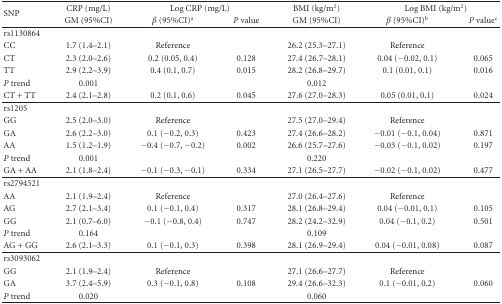
<table><thead><tr><td rowspan="2"><b>SNP</b></td><td><b>CRP (mg/L)</b></td><td colspan="2"><b>Log CRP (mg/L)</b></td><td><b>BMI (kg/m<sup>2</sup>)</b></td><td colspan="2"><b>Log BMI (kg/m<sup>2</sup>)</b></td></tr><tr><td><b>GM (95%CI) </b></td><td><b><i>β</i> (95%CI)<sup>a</sup></b></td><td><b><i>P</i> value</b></td><td><b>GM (95%CI)</b></td><td><b><i>β</i> (95%CI)<sup>b</sup></b></td><td><b><i>P</i> value<sup>c</sup></b></td></tr></thead><tbody><tr><td>rs1130864</td><td> </td><td> </td><td> </td><td> </td><td> </td><td> </td></tr><tr><td>CC</td><td>1.7 (1.4–2.1)</td><td>Reference</td><td> </td><td>26.2 (25.3–27.1)</td><td>Reference</td><td> </td></tr><tr><td>CT</td><td>2.3 (2.0–2.6)</td><td>0.2 (0.05, 0.4)</td><td>0.128</td><td>27.4 (26.7–28.1)</td><td>0.04 (−0.02, 0.1)</td><td>0.065</td></tr><tr><td>TT</td><td>2.9 (2.2–3.9)</td><td>0.4 (0.1, 0.7)</td><td>0.015</td><td>28.2 (26.8–29.7)</td><td>0.1 (0.01, 0.1)</td><td>0.016</td></tr><tr><td><i>P</i> trend</td><td>0.001</td><td> </td><td> </td><td>0.012</td><td> </td><td> </td></tr><tr><td>CT + TT</td><td>2.4 (2.1–2.8)</td><td>0.2 (0.1, 0.6)</td><td>0.045</td><td>27.6 (27.0–28.3)</td><td>0.05 (0.01, 0.1)</td><td>0.024</td></tr><tr><td>rs1205</td><td> </td><td> </td><td> </td><td> </td><td> </td><td> </td></tr><tr><td>GG</td><td>2.5 (2.0–3.0)</td><td>Reference</td><td> </td><td>27.5 (27.0–29.4)</td><td>Reference</td><td> </td></tr><tr><td>GA</td><td>2.6 (2.2–3.0)</td><td>0.1 (−0.2, 0.3)</td><td>0.423</td><td>27.4 (26.6–28.2)</td><td>−0.01 (−0.1, 0.04)</td><td>0.871</td></tr><tr><td>AA</td><td>1.5 (1.2–1.9)</td><td>−0.4 (−0.7, −0.2)</td><td>0.002</td><td>26.6 (25.7–27.6)</td><td>−0.03 (−0.1, 0.02)</td><td>0.197</td></tr><tr><td><i>P</i> trend</td><td>0.001</td><td> </td><td> </td><td>0.220</td><td> </td><td> </td></tr><tr><td>GA + AA</td><td>2.1 (1.8–2.4)</td><td>−0.1 (−0.3, −0.1)</td><td>0.334</td><td>27.1 (26.5–27.7)</td><td>−0.02 (−0.1, 0.02)</td><td>0.477</td></tr><tr><td>rs2794521</td><td> </td><td> </td><td> </td><td> </td><td> </td><td> </td></tr><tr><td>AA</td><td>2.1 (1.9–2.4)</td><td>Reference</td><td> </td><td>27.0 (26.4–27.6)</td><td>Reference</td><td> </td></tr><tr><td>AG</td><td>2.7 (2.1–3.4)</td><td>0.1 (−0.1, 0.4)</td><td>0.317</td><td>28.1 (26.8–29.4)</td><td>0.04 (−0.01, 0.1)</td><td>0.105</td></tr><tr><td>GG</td><td>2.1 (0.7–6.0)</td><td>−0.1 (−0.8, 0.4)</td><td>0.747</td><td>28.2 (24.2–32.9)</td><td>0.04 (−0.1, 0.2)</td><td>0.501</td></tr><tr><td><i>P</i> trend</td><td>0.164</td><td> </td><td> </td><td>0.109</td><td> </td><td> </td></tr><tr><td>AG + GG</td><td>2.6 (2.1–3.3)</td><td>0.1 (−0.1, 0.3)</td><td>0.398</td><td>28.1 (26.9–29.4)</td><td>0.04 (−0.01, 0.08)</td><td>0.087</td></tr><tr><td>rs3093062</td><td> </td><td> </td><td> </td><td> </td><td> </td><td> </td></tr><tr><td>GG</td><td>2.1 (1.9–2.4)</td><td>Reference</td><td> </td><td>27.1 (26.6–27.7)</td><td>Reference</td><td> </td></tr><tr><td>GA</td><td>3.7 (2.4–5.9)</td><td>0.3 (−0.1, 0.8)</td><td>0.108</td><td>29.4 (26.6–32.3)</td><td>0.1 (−0.01, 0.2)</td><td>0.060</td></tr><tr><td><i>P</i> trend</td><td>0.020</td><td> </td><td> </td><td>0.060</td><td> </td><td> </td></tr></tbody></table>